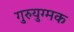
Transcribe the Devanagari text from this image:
गुरुयुग्मक